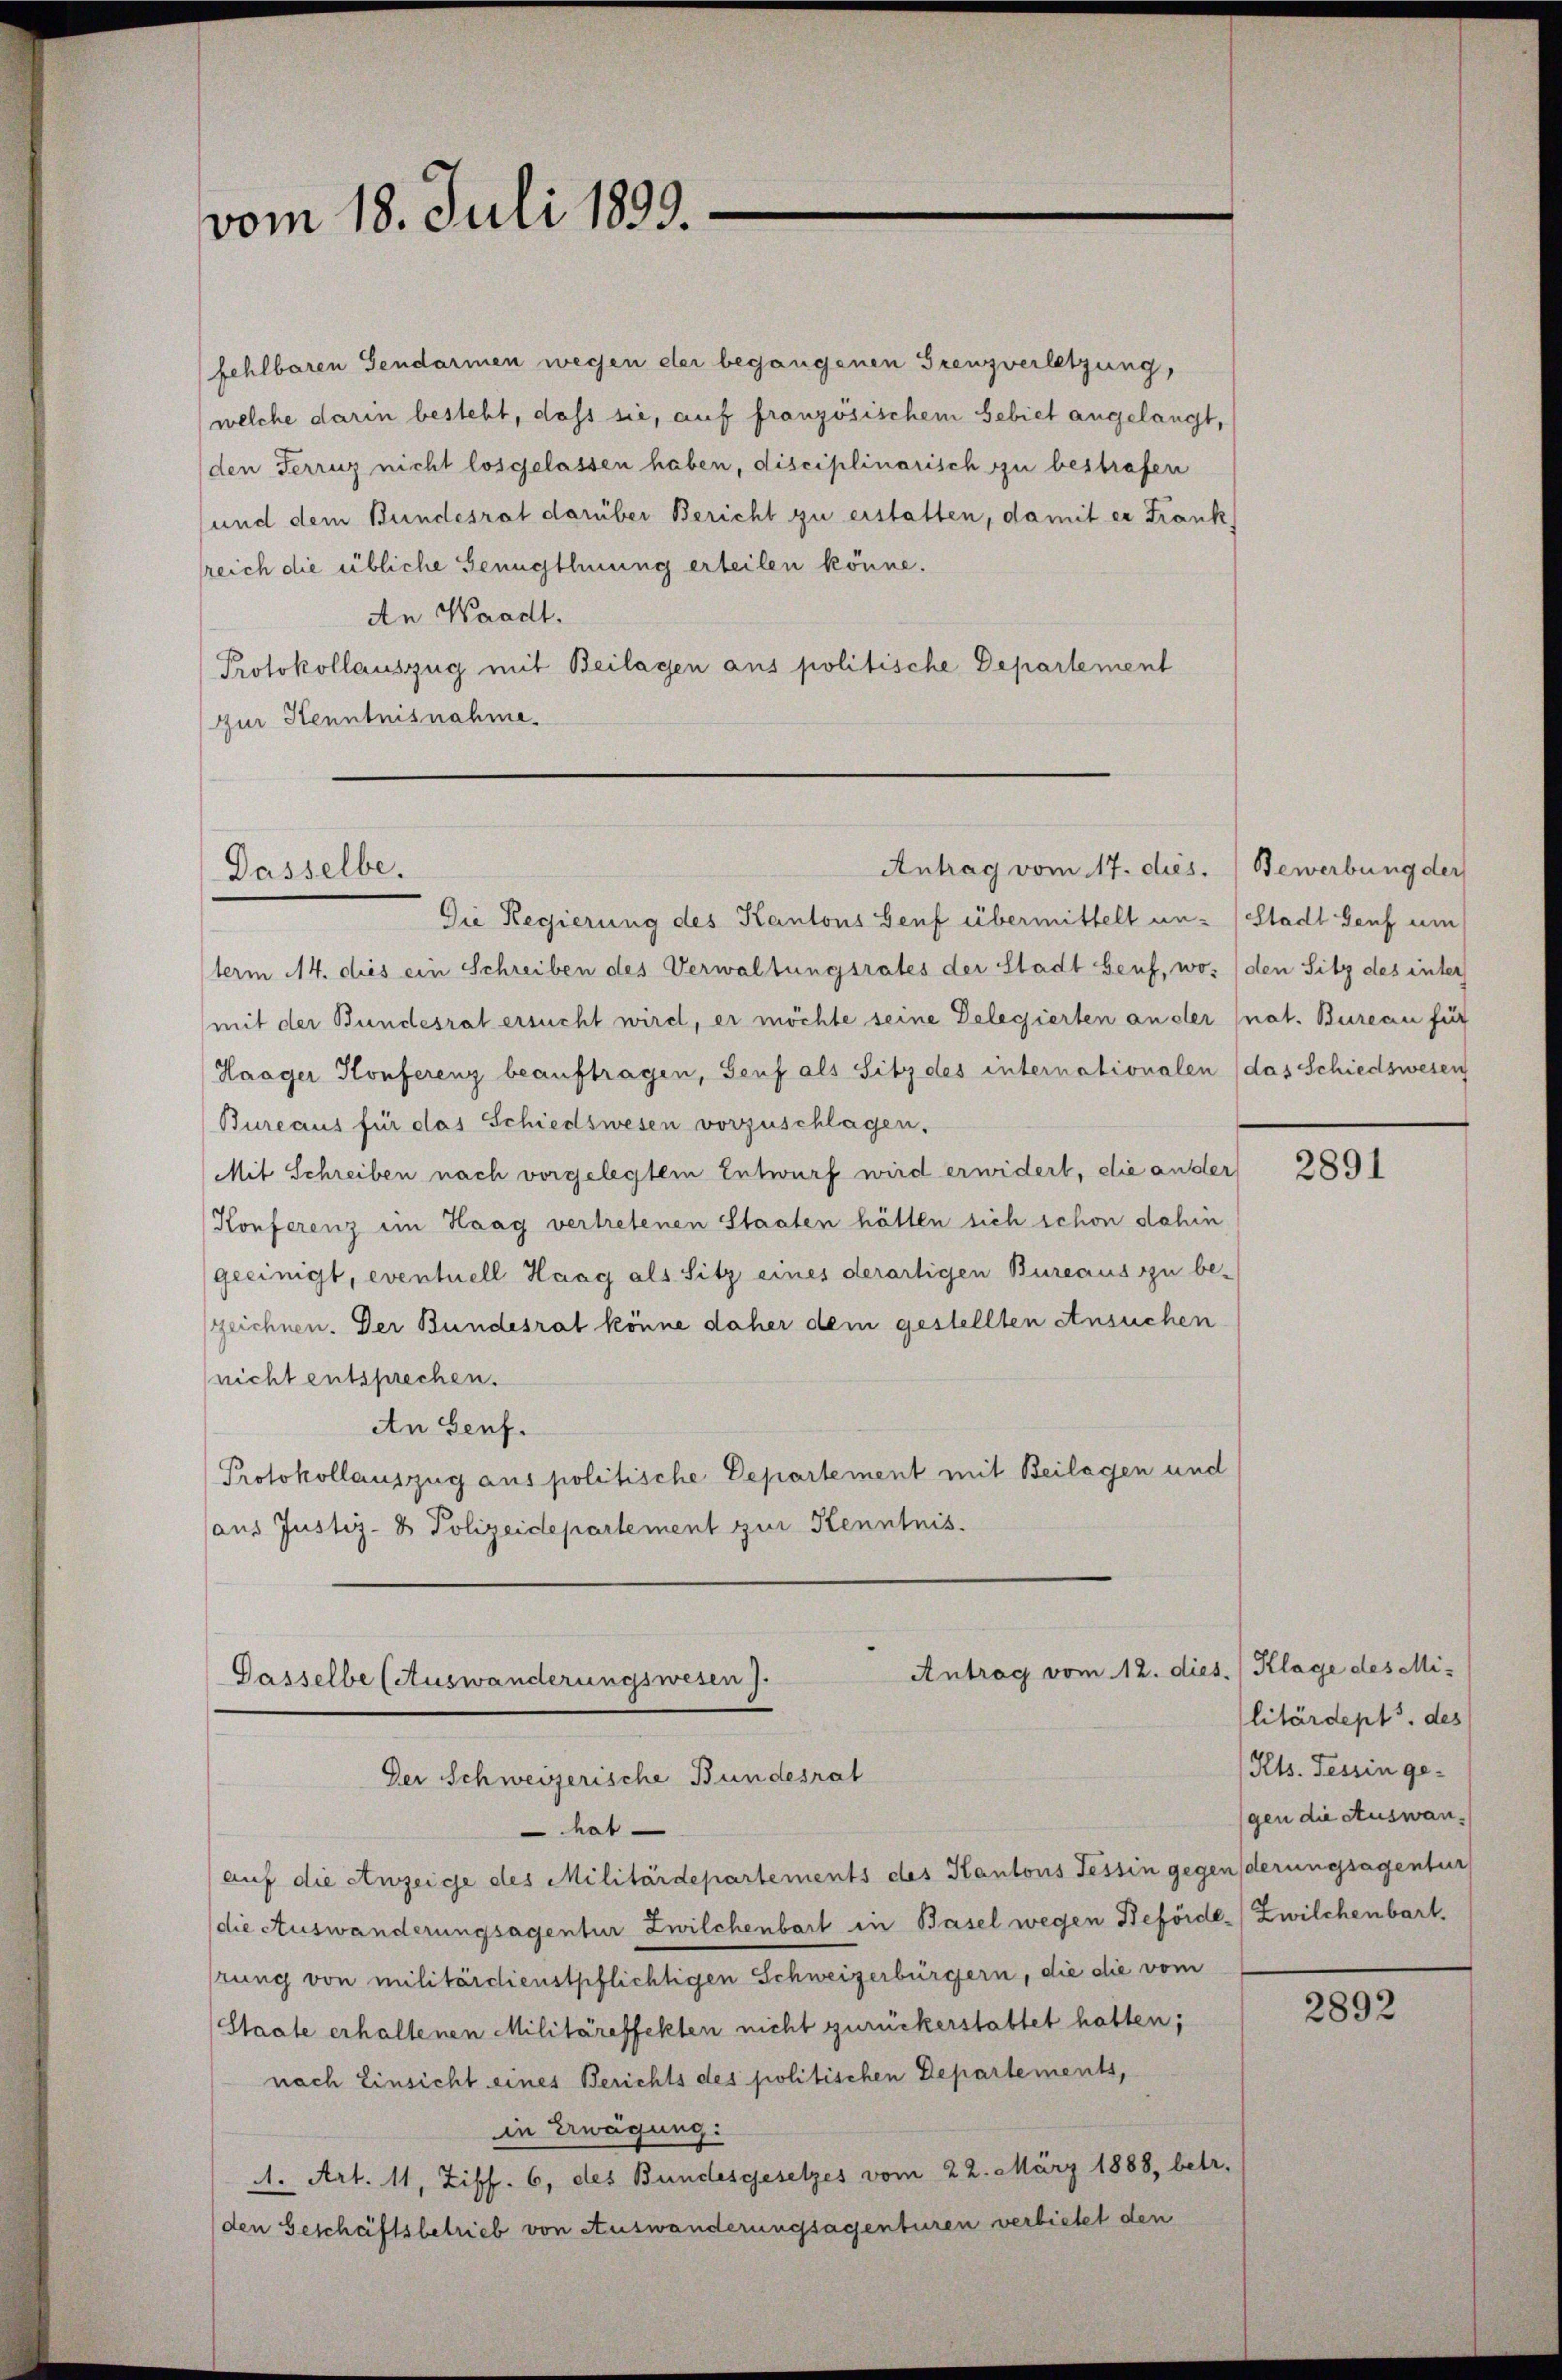
vom 18. Juli 1899.

Dasselbe.

fehlbaren Gendarmen wegen der begangenen Grenzverletzung,
welche darin besteht, dass sie, auf französischem Gebiet angelangt,
(den Ferruz nicht losgelassen haben, disciplinarisch zu bestrafen
und dem Bundesrat darüber Bericht zu erstatten, damit er Frank
reich die übliche Genugthuung erteilen könne.
An Waadt.
Protokollauszug mit Beilagen aus politische Departement
Zur Kenntnisnahme.

Antrag vom 17. dies.

Die Regierung des Kantons Genf übermittelt un- (Stadt Genf um
term 14. dies ein Schreiben des Verwaltungsrates der Stadt Genf, wos (den Sitz des inter
mit der Bundesrat ersucht wird, er möchte seine Delegierten an der (nat. Bureau für
Haager Konferenz beauftragen, Genf als Sitz des internationalen (das Schiedswesen
Bureaus für das Schiedswesen vorzuschlagen.
Mit Schreiben nach vorgelegtem Entwurf wird erwidert, die ander
Konferenz im Haag vertretenen Staaten hätten sich schon dahin
geeinigt, eventuell Haag als Sitz eines derartigen Bureaus zu be-
zeichnen. Der Bundesrat könne daher dem gestellten Ansuchen
nicht entsprechen.
An Senf.
Protokollauszug aus politische Departement mit Beilagen und
aus Justiz- & Polizeidepartement zur Kenntnis

Antrag vom 12. dies.) Klage des Mi¬
Gasselbe (Auswanderungswesen).
Der Schweizerische Bundesrat

hat
auf die Anzeige des Militärdepartements des Kantons Tessin gegenderungsagentur
die Auswanderungsagentur Zwilchenbart in Basel wegen Beförde-Zwilchenbart.
rung von militärdienstpflichtigen Schweizerbürgern, die die vom
Staate erhaltenen Militäreffekten nicht zurückerstattet hatten;
nach Einsicht eines Berichts des politischen Departements,
in Erwägung:
A. Art. 11, Ziff. 6, des Bundesgesetzes vom 22. März 1888, betr.
den Geschäftsbetrieb von Auswanderungsagenturen verbietet den

Bewerbung der

2891

litärdept. des
Kts. Tessin gegen die Auswan¬

2892